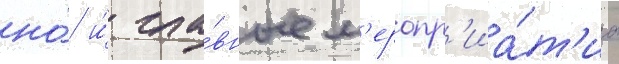
но́ и́ гла́вные м'еропр'иа́т'иа